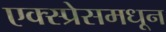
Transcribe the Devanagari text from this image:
एक्स्प्रेसमधून